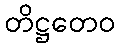
တိဋ္ဌတေဝ